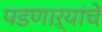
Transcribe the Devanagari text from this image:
पडणाऱ्यांचे